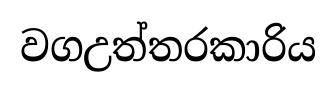
වගඋත්තරකාරිය